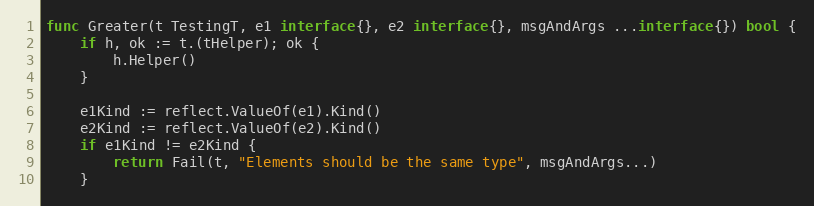
Language: Go
func Greater(t TestingT, e1 interface{}, e2 interface{}, msgAndArgs ...interface{}) bool {
	if h, ok := t.(tHelper); ok {
		h.Helper()
	}

	e1Kind := reflect.ValueOf(e1).Kind()
	e2Kind := reflect.ValueOf(e2).Kind()
	if e1Kind != e2Kind {
		return Fail(t, "Elements should be the same type", msgAndArgs...)
	}